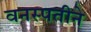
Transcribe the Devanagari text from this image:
वनस्पतीने